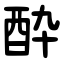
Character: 酔